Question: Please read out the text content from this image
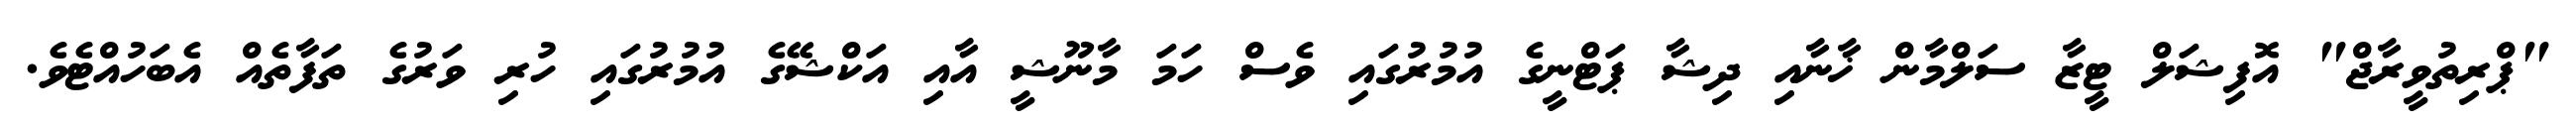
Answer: "ޕްރިތުވީރާޖް" އޮފިޝަލް ޓީޒާ ސަލްމާން ޚާނާއި ދިޝާ ޕަޓްނީގެ އުމުރުގައި ވެސް ހަމަ މާނޫޝީ އާއި އަކްޝޭގެ އުމުރުގައި ހުރި ވަރުގެ ތަފާތެއް އެބަހުއްޓެވެ.